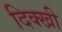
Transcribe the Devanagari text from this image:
दिक्खी